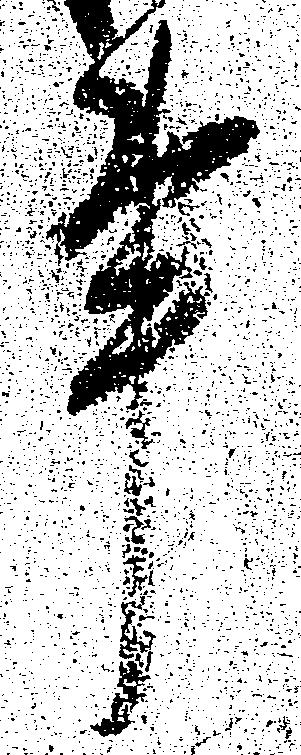
事